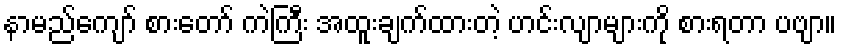
နာမည်ကျော် စားတော် ကဲကြီး အထူးချက်ထားတဲ့ ဟင်းလျာများကို စားရတာ ပဗျာ။